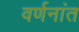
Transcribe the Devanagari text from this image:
वर्णनांत